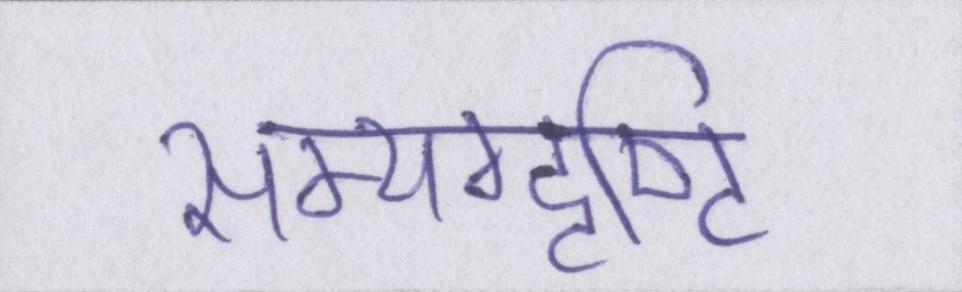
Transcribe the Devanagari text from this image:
सम्यग्दृष्टि